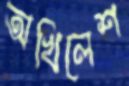
অখিলেশ